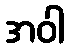
အဝါ